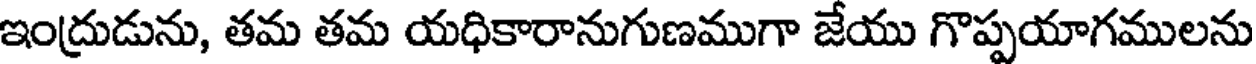
ఇంద్రుడును, తమ తమ యధికారానుగుణముగా జేయు గొప్పయాగములను